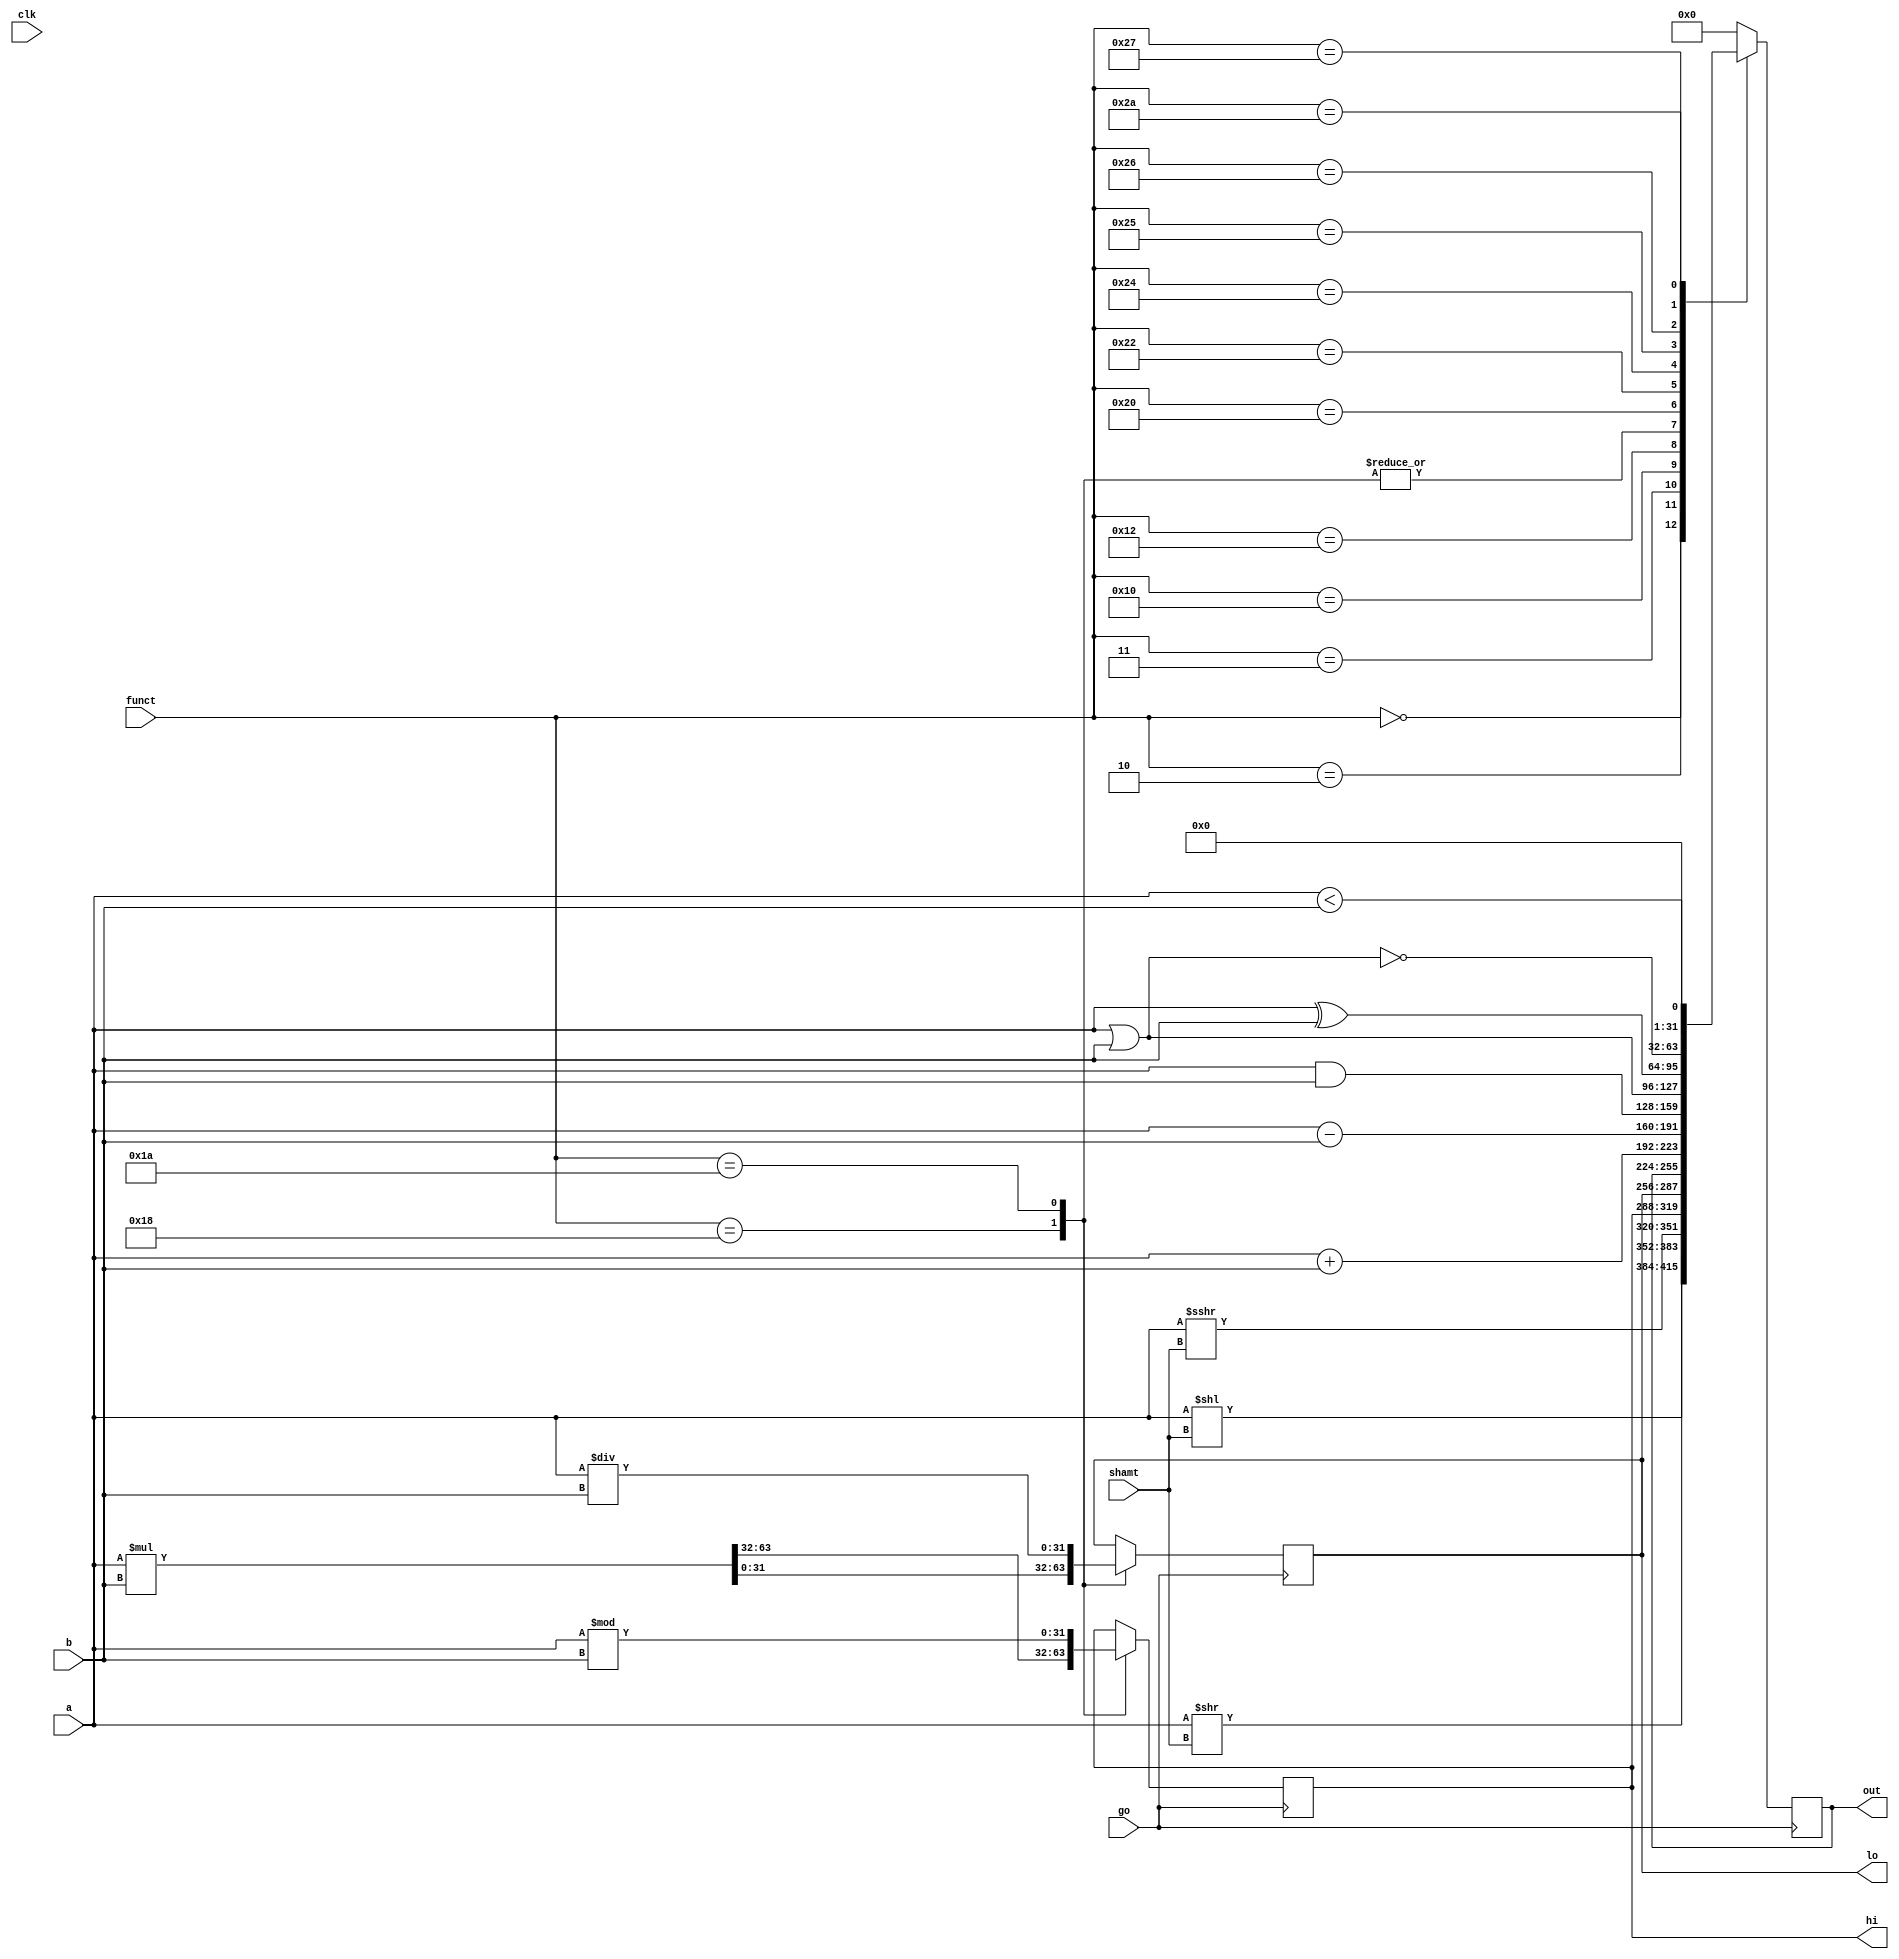
module alu (clk, out, a, b, shamt, funct, go, hi, lo);

	// crappy ALU mk 1.0
	// could be thrice as long and twenty times as fast, but it's simply not worth it
	// note that 'a' = $s; 'b' = $v; 'out' = $d;

	input clk;

	output reg [31:0] out;

	output reg [31:0] hi, lo;

	input [31:0] a, b;

	input [5:0] funct;

	input [4:0] shamt;

	input go;


	//always @ (negedge clk) begin
	//always @ (b or posedge clk) begin
	always @ (posedge go) begin

		case (funct)
			6'h00: out = a << shamt; // lshift
			6'h02: out = a >> shamt; // rshift
			6'h03: out = a >>> shamt; // arithmetic right shift
			6'h10: out = hi; // move from high
			6'h12: out = lo; // move from low
			6'h18: {hi, lo} = a * b; // mul
			// 6'h19: {hi, lo} = a * b;


			6'h1A:// div
			begin
			hi = a % b;
			lo = a / b;
			end

			// 6'h1B: hi = a % b; // unsigned
			// 6'h1B: lo = a / b; // unsigned
			6'h20: out = a + b;
			// 6'h21: out = a + b; // unsigned
			6'h22: out = a - b;
			// 6'h23: out = a - b; // unsigned
			6'h24: out = a & b; // and
			6'h25: out = a | b; // or
			6'h26: out = a ^ b; // or
			6'h27: out = ~(a | b); // nor
			6'h2A: out = (a < b); // set if less than

			default: out = 32'b0;

		endcase

	end

endmodule